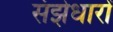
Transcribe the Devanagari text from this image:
संझेधारों